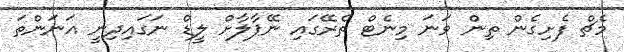
މެޗް ފެށިގެން ތިން ވަނަ މިނެޓް ތެރޭގައި ނޭޕާލާށް ލީޑް ނަގައިދިނީ އަނަންތަ